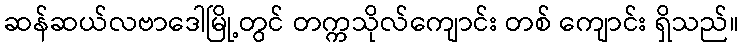
ဆန်ဆယ်လဗာဒေါမြို့တွင် တက္ကသိုလ်ကျောင်း တစ် ကျောင်း ရှိသည်။